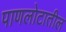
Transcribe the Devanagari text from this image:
पाणलोटातील